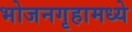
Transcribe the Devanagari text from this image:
भोजनगृहामध्ये